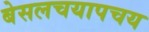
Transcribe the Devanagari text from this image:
बेसलचयापचय